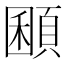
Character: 𩓽